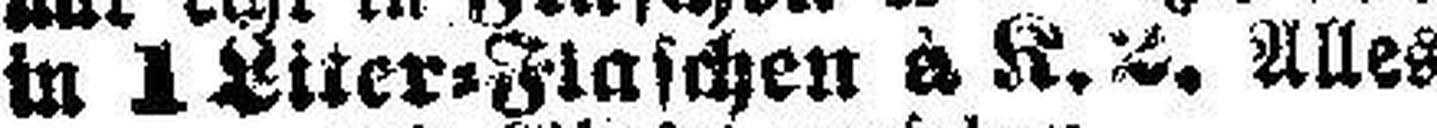
in 1 Liter-Flaschen à K. 2. Alles